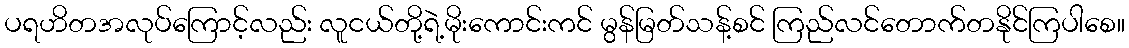
ပရဟိတအလုပ်ကြောင့်လည်း လူငယ်တို့ရဲ့မိုးကောင်းကင် မွန်မြတ်သန့်စင် ကြည်လင်တောက်တနိုင်ကြပါစေ။